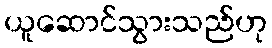
ယူဆောင်သွားသည်ဟု